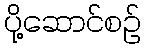
ပို့ဆောင်စဉ်